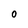
Character: 0